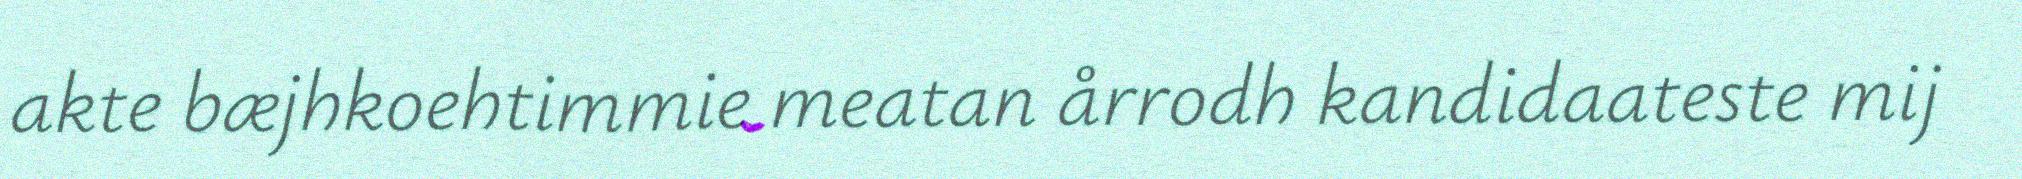
akte bæjhkoehtimmie meatan årrodh kandidaateste mij